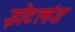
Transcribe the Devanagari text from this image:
झेटलंड